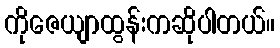
ကိုဇေယျာထွန်းကဆိုပါတယ်။